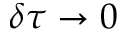
\delta \tau \to 0